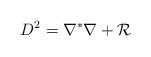
LaTeX: \begin{align*}D^2=\nabla^*\nabla +\mathcal{R}\end{align*}